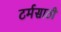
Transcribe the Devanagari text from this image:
टर्मसाठी